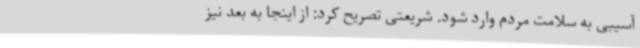
آسیبی به سلامت مردم وارد شود. شریعتی تصریح کرد: از اینجا به بعد نیز